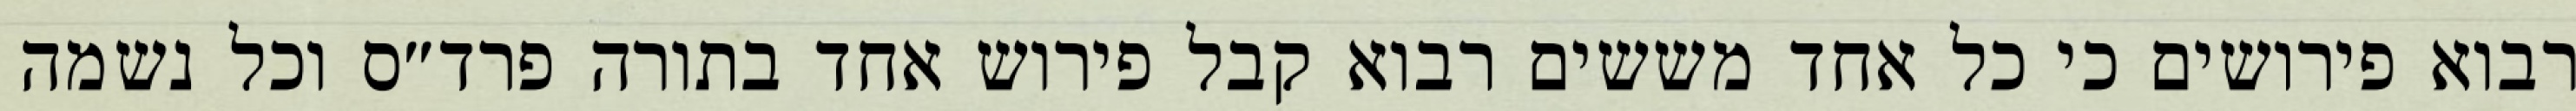
רבוא פירושים כי כל אחד מששים רבוא קבל פירוש אחד בתורה פרד״ס וכל נשמה